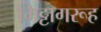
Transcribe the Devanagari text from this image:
मिट्टागरूह